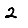
Digit: 2